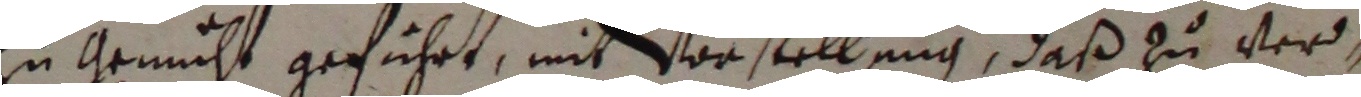
zu Urmuht geführt, mit vorstellung, daß zu ver